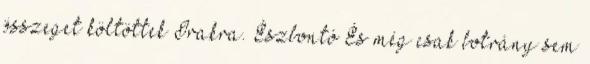
összeget költöttek Irakra. Észbontó És még csak botrány sem